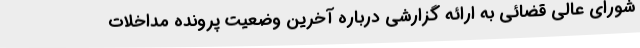
شورای عالی قضائی به ارائه گزارشی درباره آخرین وضعیت پرونده مداخلات